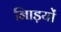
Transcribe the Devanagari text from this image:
नािड़यों